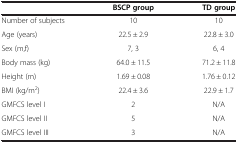
|  | BSCP group | TD group |
 | --- | --- | --- |
 | Number of subjects | 10 | 10 |
 | Age (years) | 22.5 ± 2.9 | 22.8 ± 3.0 |
 | Sex (m,f) | 7, 3 | 6, 4 |
 | Body mass (kg) | 64.0 ± 11.5 | 71.2 ± 11.8 |
 | Height (m) | 1.69 ± 0.08 | 1.76 ± 0.12 |
 | BMI (kg/m2) | 22.4 ± 3.6 | 22.9 ± 1.7 |
 | GMFCS level I | 2 | N/A |
 | GMFCS level II | 5 | N/A |
 | GMFCS level III | 3 | N/A |